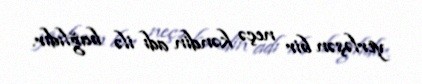
yerləşən bir neçə kəndin adı ilə bağlıdır.